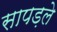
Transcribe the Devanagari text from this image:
सापड़ले